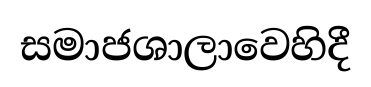
සමාජශාලාවෙහිදී